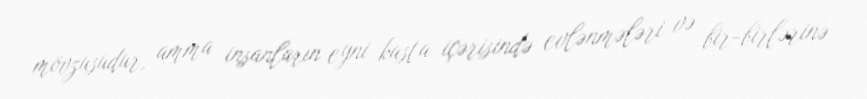
mövzusudur, amma insanların eyni kasta içərisində evlənmələri və bir-birlərinə